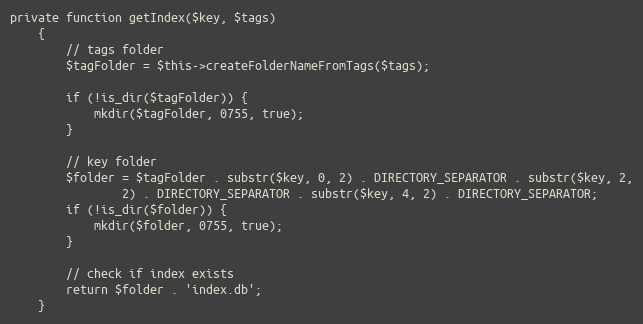
Language: PHP
private function getIndex($key, $tags)
    {
        // tags folder
        $tagFolder = $this->createFolderNameFromTags($tags);

        if (!is_dir($tagFolder)) {
            mkdir($tagFolder, 0755, true);
        }

        // key folder
        $folder = $tagFolder . substr($key, 0, 2) . DIRECTORY_SEPARATOR . substr($key, 2,
                2) . DIRECTORY_SEPARATOR . substr($key, 4, 2) . DIRECTORY_SEPARATOR;
        if (!is_dir($folder)) {
            mkdir($folder, 0755, true);
        }

        // check if index exists
        return $folder . 'index.db';
    }